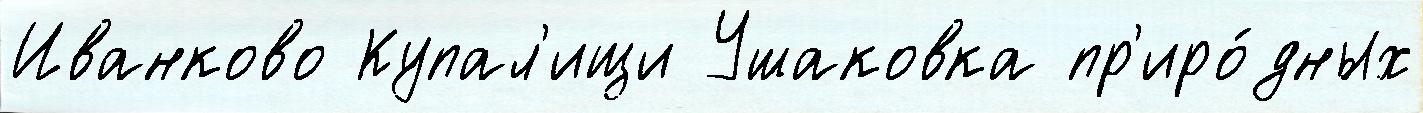
Иванково Купал'ищи Ушаковка пр'иро́дных